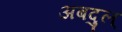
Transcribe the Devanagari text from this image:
अबदुल्